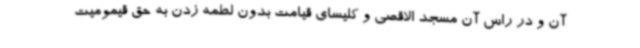
آن و در راس آن مسجد الاقصی و کلیسای قیامت بدون لطمه زدن به حق قیمومیت